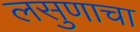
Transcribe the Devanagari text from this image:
लसुणाचा